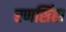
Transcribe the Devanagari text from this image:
रणसिंहा